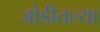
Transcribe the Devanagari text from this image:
जोडीतल्या